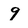
Character: 9